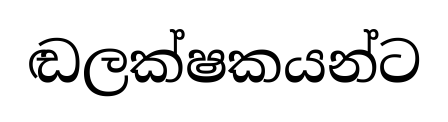
ඬලක්ෂකයන්ට